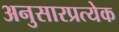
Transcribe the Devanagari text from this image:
अनुसारप्रत्येक